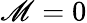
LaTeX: \mathscr{M}=0